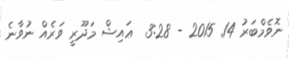
ނޮވެމްބަރު 14